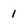
Character: 1